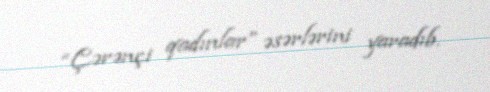
“Çərənçi qadınlar” əsərlərini yaradıb.